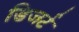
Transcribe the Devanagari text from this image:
डिजर्ट